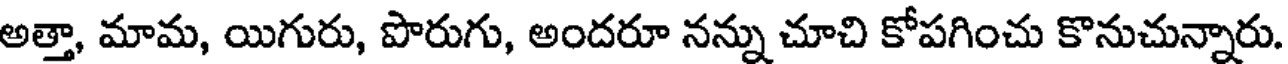
అత్తా, మామ, యిగురు, పొరుగు, అందరూ నన్ను చూచి కోపగించు కొనుచున్నారు